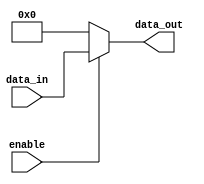
module conditional_assign (
    input enable,
    input [3:0] data_in,
    output reg [3:0] data_out
);

always @(*) begin
    if (enable)
        data_out = data_in;
    else
        data_out = 4'b0000;
end

endmodule